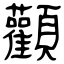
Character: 顴